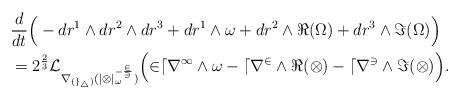
LaTeX: \begin{align*}\begin{aligned} &\frac{d}{dt} \Big( -dr^1 \wedge dr^2 \wedge dr^3 + dr^1 \wedge \omega + dr^2 \wedge \Re (\Omega) + dr^3 \wedge \Im (\Omega) \Big) \\ &= 2^{\frac{2}{3}} \cal{L}_{\nabla_{(g_4)} (|\Omega|_\omega^{-\frac{2}{3}})} \Big( 2dr^1 \wedge \omega - dr^2 \wedge \Re (\Omega) - dr^3 \wedge \Im (\Omega) \Big).\end{aligned}\end{align*}